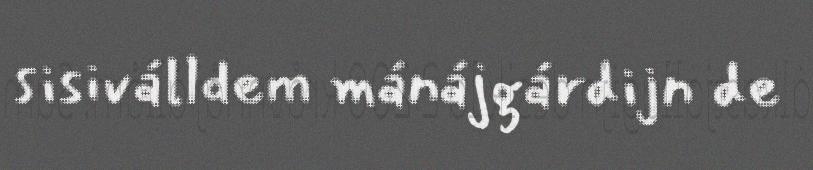
sisiválldem mánájgárdijn de